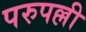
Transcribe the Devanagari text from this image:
परुपल्ली